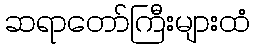
ဆရာတော်ကြီးများထံ